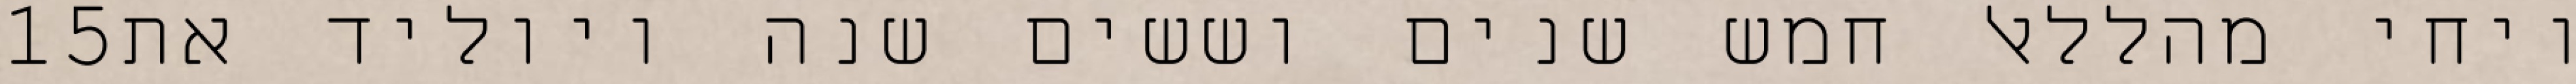
‎15‏ ויחי מהללאל חמש שנים וששים שנה ויוליד את